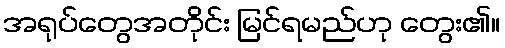
အရုပ်တွေအတိုင်း မြင်ရမည်ဟု တွေး၏။